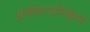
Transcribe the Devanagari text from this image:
अर्थलापनिकेस